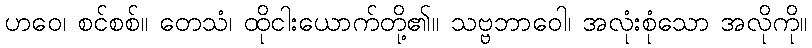
ဟဝေ၊ စင်စစ်။ တေသံ၊ ထိုငါးယောက်တို့၏။ သဗ္ဗဘာဝေါ၊ အလုံးစုံသော အလိုကို။